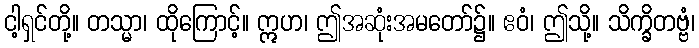
ငါ့ရှင်တို့။ တသ္မာ၊ ထိုကြောင့်။ ဣဟ၊ ဤအဆုံးအမတော်၌။ ဧဝံ၊ ဤသို့။ သိက္ခိတဗ္ဗံ၊